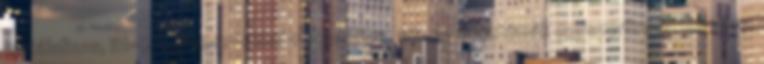
metálalbum, itt-ott groove-okkal megvadítva. 118 Az énektémák egyszerűre lettek véve,